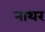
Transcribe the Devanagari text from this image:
नाथर